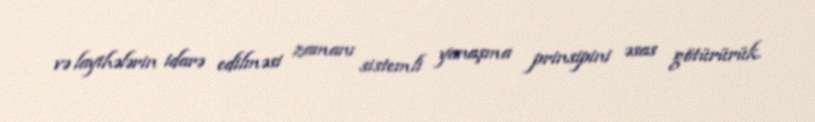
və layihələrin idarə edilməsi zamanı sistemli yanaşma prinsipini əsas götürürük.